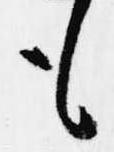
も